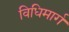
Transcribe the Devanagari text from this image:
विधिमार्ग